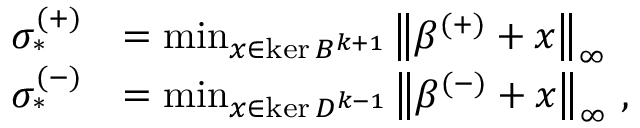
\begin{array} { r l } { \sigma _ { * } ^ { ( + ) } } & { = \operatorname* { m i n } _ { x \in \ker B ^ { k + 1 } } \left\lVert \beta ^ { ( + ) } + x \right\rVert _ { \infty } } \\ { \sigma _ { * } ^ { ( - ) } } & { = \operatorname* { m i n } _ { x \in \ker D ^ { k - 1 } } \left\lVert \beta ^ { ( - ) } + x \right\rVert _ { \infty } \, , } \end{array}